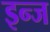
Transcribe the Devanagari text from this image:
इन्ज